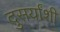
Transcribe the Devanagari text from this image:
दुसर्यांशी